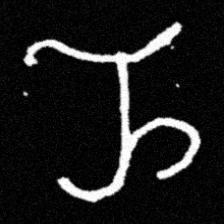
Pyu character \u2014 Myanmar letter: ည (romanized: nya)